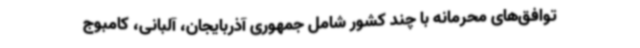
توافق‌های محرمانه با چند کشور شامل جمهوری آذربایجان، آلبانی، کامبوج